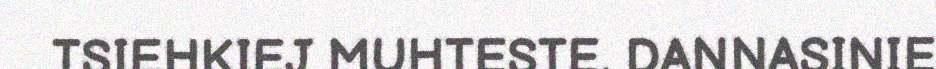
TSIEHKIEJ MUHTESTE. DANNASINIE